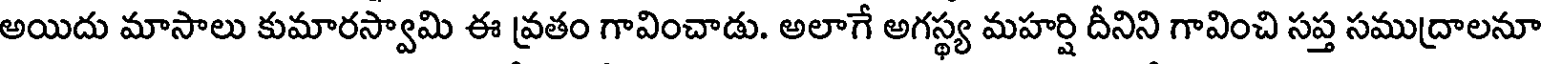
అయిదు మాసాలు కుమారస్వామి ఈ వ్రతం గావించాడు. అలాగే అగస్థ్య మహర్షి దీనిని గావించి సప్త సముద్రాలనూ